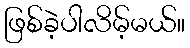
ဖြစ်ခဲ့ပါလိမ့်မယ်။